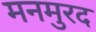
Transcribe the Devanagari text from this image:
मनमुरद